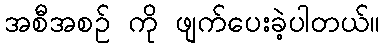
အစီအစဉ် ကို ဖျက်ပေးခဲ့ပါတယ်။